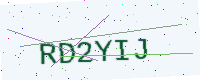
Text: RD2YIJ